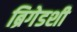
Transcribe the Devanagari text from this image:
ब्रिगेडशी